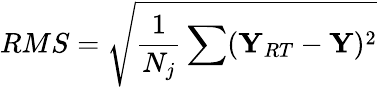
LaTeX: RMS=\sqrt{\frac{1}{N_{j}}\sum(\mathbf{Y}_{RT}-\mathbf{Y})^{2}}